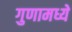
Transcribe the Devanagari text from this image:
गुणामध्ये